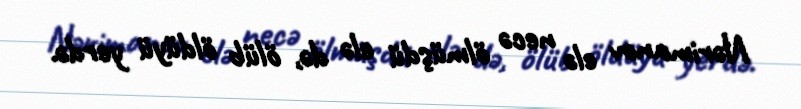
Nərimanov elə necə ölmüşdü elə də, ölüb öldüyü yerdə.